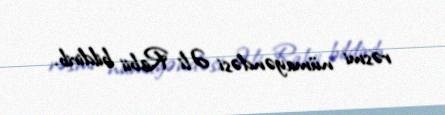
rəsmi nümayəndəsi Əli Rabii bildirib.